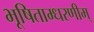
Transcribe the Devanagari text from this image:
भूषिताम्धरणीम्